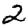
Digit: 2